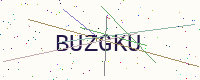
Text: BUZGKU